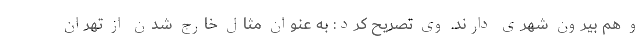
و هم بیرون شهری دارند. وی تصریح کرد: به عنوان مثال خارج شدن از تهران